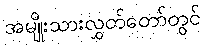
အမျိုးသားလွှတ်တော်တွင်